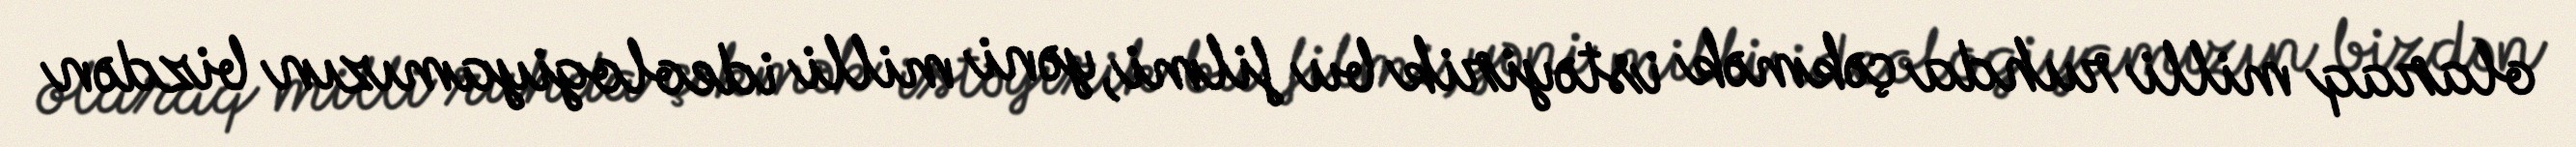
olaraq milli ruhda çəkmək istəyirik bu filmi, yəni milli ideologiyamızın bizdən